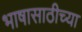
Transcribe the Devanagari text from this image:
भाषासाठीच्या